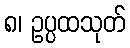
၈၊ ဥပ္ပထသုတ်